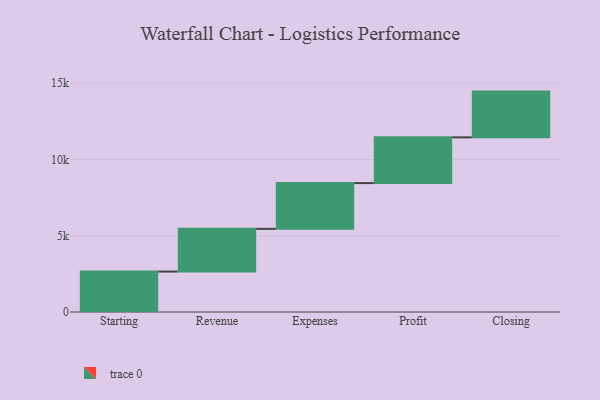
{"axis": {"x": "Step", "y": "Value"}, "legend": [""], "data": [{"x": "Starting", "y": 2651.0, "type": ""}, {"x": "Revenue", "y": 2801.0, "type": ""}, {"x": "Expenses", "y": 3000, "type": ""}, {"x": "Profit", "y": 3000, "type": ""}, {"x": "Closing", "y": 3000, "type": ""}]}